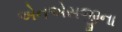
એનએસજીના